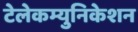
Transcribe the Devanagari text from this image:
टेलेकम्युनिकेशन